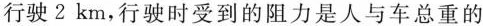
行驶 2 km，行驶时受到的阻力是人与车总重的